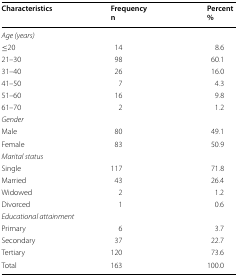
<table><thead><tr><td><b>Characteristics</b></td><td><b>Frequencyn</b></td><td><b>Percent%</b></td></tr></thead><tbody><tr><td colspan="3"><i>Age (years)</i></td></tr><tr><td>≤20</td><td>14</td><td>8.6</td></tr><tr><td>21–30</td><td>98</td><td>60.1</td></tr><tr><td>31–40</td><td>26</td><td>16.0</td></tr><tr><td>41–50</td><td>7</td><td>4.3</td></tr><tr><td>51–60</td><td>16</td><td>9.8</td></tr><tr><td>61–70</td><td>2</td><td>1.2</td></tr><tr><td colspan="3"><i>Gender</i></td></tr><tr><td>Male</td><td>80</td><td>49.1</td></tr><tr><td>Female</td><td>83</td><td>50.9</td></tr><tr><td colspan="3"><i>Marital status</i></td></tr><tr><td>Single</td><td>117</td><td>71.8</td></tr><tr><td>Married</td><td>43</td><td>26.4</td></tr><tr><td>Widowed</td><td>2</td><td>1.2</td></tr><tr><td>Divorced</td><td>1</td><td>0.6</td></tr><tr><td colspan="3"><i>Educational attainment</i></td></tr><tr><td>Primary</td><td>6</td><td>3.7</td></tr><tr><td>Secondary</td><td>37</td><td>22.7</td></tr><tr><td>Tertiary</td><td>120</td><td>73.6</td></tr><tr><td>Total</td><td>163</td><td>100.0</td></tr></tbody></table>